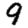
Digit: 9